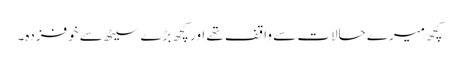
کچھ میرے حالات سے واقف تھے اور کچھ بڑے سیٹھ سے خوفزدہ۔